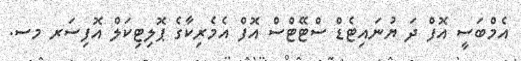
އެމްބަސީ އޮފް ދަ ޔުނައިޓެޑް ސްޓޭޓްސް އޮފް އެމެރިކާގެ ޕޮލިޓިކަލް އޮފިސަރ މސ.